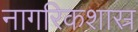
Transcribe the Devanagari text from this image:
नागरिकशास्र